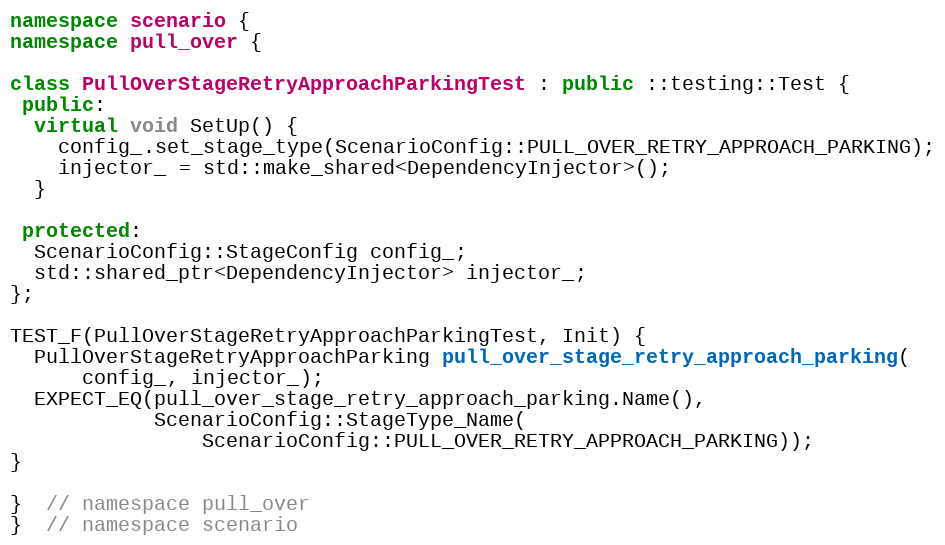
Language: C++
namespace scenario {
namespace pull_over {

class PullOverStageRetryApproachParkingTest : public ::testing::Test {
 public:
  virtual void SetUp() {
    config_.set_stage_type(ScenarioConfig::PULL_OVER_RETRY_APPROACH_PARKING);
    injector_ = std::make_shared<DependencyInjector>();
  }

 protected:
  ScenarioConfig::StageConfig config_;
  std::shared_ptr<DependencyInjector> injector_;
};

TEST_F(PullOverStageRetryApproachParkingTest, Init) {
  PullOverStageRetryApproachParking pull_over_stage_retry_approach_parking(
      config_, injector_);
  EXPECT_EQ(pull_over_stage_retry_approach_parking.Name(),
            ScenarioConfig::StageType_Name(
                ScenarioConfig::PULL_OVER_RETRY_APPROACH_PARKING));
}

}  // namespace pull_over
}  // namespace scenario